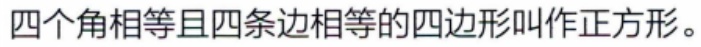
四个角相等且四条边相等的四边形叫作正方形。